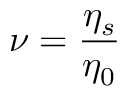
\nu = \frac { \eta _ { s } } { \eta _ { 0 } }